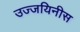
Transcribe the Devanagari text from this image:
उज्जयिनीस